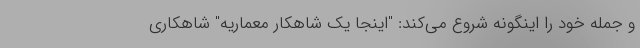
و جمله خود را اینگونه شروع می‌کند: "اینجا یک شاهکار معماریه" شاهکاری